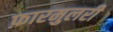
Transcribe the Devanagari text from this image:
फ़ारमुलरी